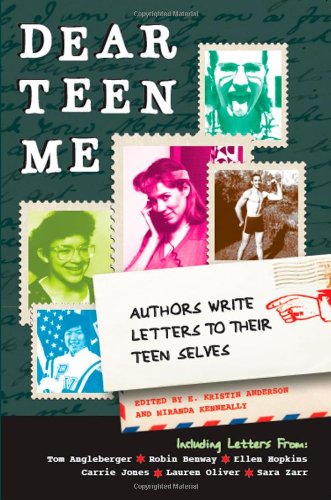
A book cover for Dear Teen Me: Authors Write Letters to Their Teen Selves (True Stories); Teen & Young Adult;